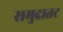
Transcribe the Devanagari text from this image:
समुद्रातट